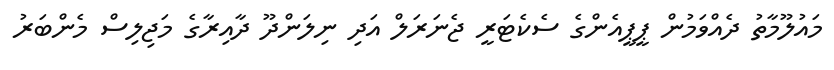
މައުލޫމާތު ދެއްވަމުން ޕީޕީއެންގެ ސެކެޓަރީ ޖެނަރަލް އަދި ނިލަންދޫ ދާއިރާގެ މަޖިލިސް މެންބަރު